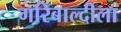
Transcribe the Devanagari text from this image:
गरिबाल्दीला